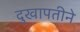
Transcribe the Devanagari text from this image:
दुखापतीने